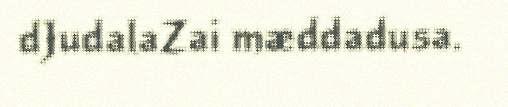
dJudalaZai mæddadusa.